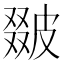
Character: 𤿵